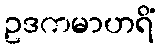
ဥဒကမာဟရိံ